Indian journal of veterinary science and animal husbandry - Volume 1,
Year: 1931
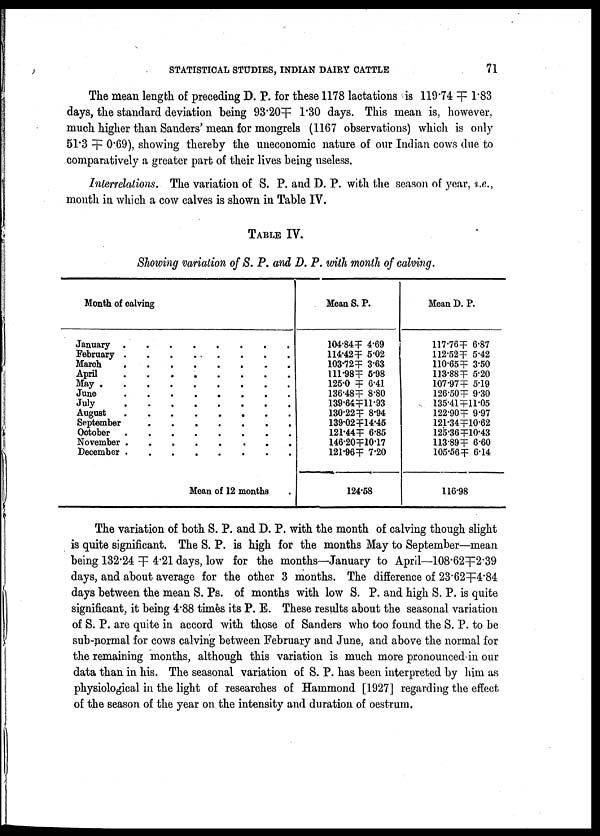
STATISTICAL STUDIES, INDIAN DAIRY CATTLE
71
The mean length of preceding D. P. for these 1178 lactations is 119.74 ╤ 1.83
days, the standard deviation being 93.20╤ 1.30 days. This mean is, however,
much higher than Sanders' mean for mongrels (1167 observations) which is only
51.3 ╤ 0.69), showing thereby the uneconomic nature of our Indian cows due to
comparatively a greater part of their lives being useless.
Interrelations. The variation of S. P. and D. P. with the season of year, i.e.,
month in which a cow calves is shown in Table IV.
TABLE IV.
Showing variation of S. P. and D. P. with month of calving.
Month of calving
January
February
March
April
May
June
July
August
September
October
November
December
.
.
.
.
.
.
.
.
.
.
.
.
.
.
.
.
.
.
.
.
.
.
.
.
.
.
.
.
.
.
.
.
.
.
.
.
.
.
.
.
.
.
.
.
.
.
.
.
.
.
.
.
.
.
.
.
.
.
.
.
.
.
.
.
.
.
.
.
.
.
.
.
.
.
.
.
.
.
.
.
.
.
.
.
.
.
.
.
.
.
.
.
.
.
.
.
Mean of 12 months
Mean S. P.
104.84╤ 4.69
114.42╤ 5.02
103.72╤ 3.63
111.98╤ 5.98
125.0 ╤ 6.41
136.48╤ 8.80
139.64╤ 11.93
130.22╤ 8.94
139.02╤ 14.45
121.44╤ 6.85
146.20╤ 10.17
121.96╤ 7.20
124.58
Mean D. P.
117.76╤ 6.87
112.52╤ 5.42
110.65╤ 3.50
113.88╤ 5.20
107.97╤ 5.19
126.50╤ 9.30
135.41╤ 11.05
122.90╤ 9.97
121.34╤ 10.62
125.36╤ 10.43
113.89╤ 6.60
105.56╤ 6.14
116.98
The variation of both S. P. and D. P. with the month of calving though slight
is quite significant. The S. P. is high for the months May to September—mean
being 132.24╤ 4.21 days, low for the months—January to April—108.62╤ 2.39
days, and about average for the other 3 months. The difference of 23 . 62╤ 4.84
days between the mean S. Ps. of months with low S. P. and high S. P. is quite
significant, it being 4.88 times its P. E. These results about the seasonal variation
of S. P. are quite in accord with those of Sanders who too found the S. P. to be
sub-normal for cows calving between February and June, and above the normal for
the remaining months, although this variation is much more pronounced in our
data than in his. The seasonal variation of S. P. has been interpreted by him as
physiological in the light of researches of Hammond [1927] regarding the effect
of the season of the year on the intensity and duration of oestrum.